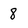
Character: 8